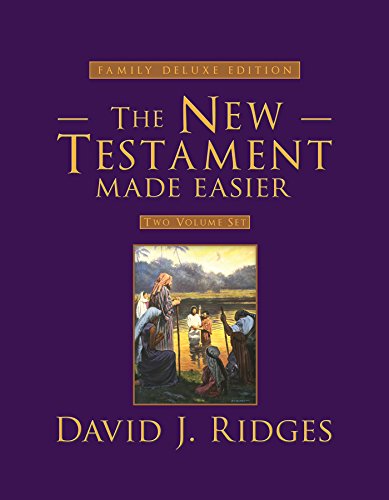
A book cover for The New Testament Made Easier Set: Family Deluxe Edition; David J. Ridges; Christian Books & Bibles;